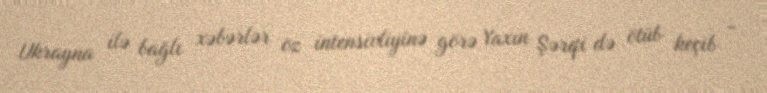
Ukrayna ilə bağlı xəbərlər öz intensivliyinə görə Yaxın Şərqi də ötüb keçib -